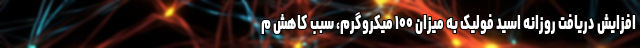
افزایش دریافت روزانه اسید فولیک به میزان ۱۰۰ میکروگرم، سبب کاهش م